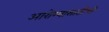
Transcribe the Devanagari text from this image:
आरोग्यासाठीची